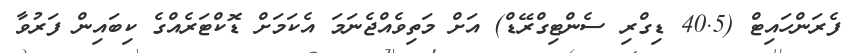
ފެރަންހައިޓް (40.5 ޑިގްރި ސެންޓިގްރޭޑް) އަށް މަތިވެއްޖެނަމަ އެކަމަށް ޑޮކްޓަރެއްގެ ކިބައިން ފަރުވާ